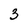
Character: 3